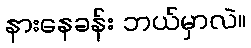
နားနေခန်း ဘယ်မှာလဲ။